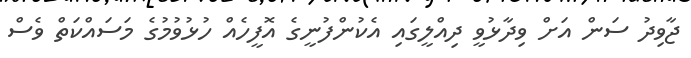
ޖާވިދު ސަން އަށް ވިދާޅުވީ ދިއްލީގައި އެކުންފުނީގެ އޮފީހެއް ހުޅުވުމުގެ މަސައްކަތް ވެސް